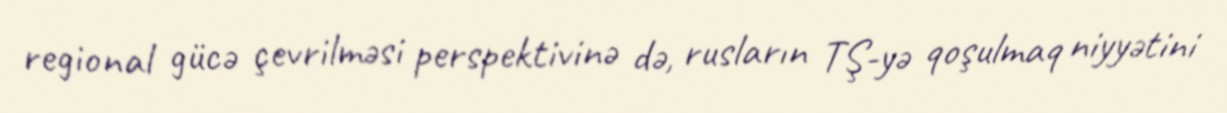
regional gücə çevrilməsi perspektivinə də, rusların TŞ-yə qoşulmaq niyyətini